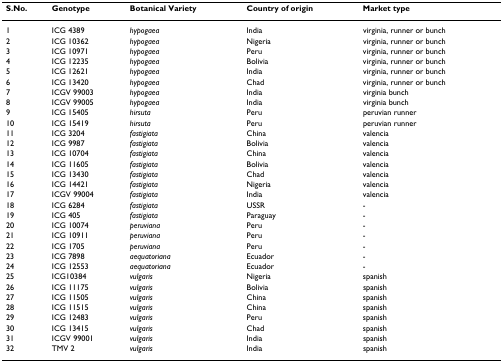
<table><thead><tr><td><b>S.No.</b></td><td><b>Genotype</b></td><td><b>Botanical Variety</b></td><td><b>Country of origin</b></td><td><b>Market type</b></td></tr></thead><tbody><tr><td>1</td><td>ICG 4389</td><td><i>hypogaea</i></td><td>India</td><td>virginia, runner or bunch</td></tr><tr><td>2</td><td>ICG 10362</td><td><i>hypogaea</i></td><td>Nigeria</td><td>virginia, runner or bunch</td></tr><tr><td>3</td><td>ICG 10971</td><td><i>hypogaea</i></td><td>Peru</td><td>virginia, runner or bunch</td></tr><tr><td>4</td><td>ICG 12235</td><td><i>hypogaea</i></td><td>Bolivia</td><td>virginia, runner or bunch</td></tr><tr><td>5</td><td>ICG 12621</td><td><i>hypogaea</i></td><td>India</td><td>virginia, runner or bunch</td></tr><tr><td>6</td><td>ICG 13420</td><td><i>hypogaea</i></td><td>Chad</td><td>virginia, runner or bunch</td></tr><tr><td>7</td><td>ICGV 99003</td><td><i>hypogaea</i></td><td>India</td><td>virginia bunch</td></tr><tr><td>8</td><td>ICGV 99005</td><td><i>hypogaea</i></td><td>India</td><td>virginia bunch</td></tr><tr><td>9</td><td>ICG 15405</td><td><i>hirsuta</i></td><td>Peru</td><td>peruvian runner</td></tr><tr><td>10</td><td>ICG 15419</td><td><i>hirsuta</i></td><td>Peru</td><td>peruvian runner</td></tr><tr><td>11</td><td>ICG 3204</td><td><i>fastigiata</i></td><td>China</td><td>valencia</td></tr><tr><td>12</td><td>ICG 9987</td><td><i>fastigiata</i></td><td>Bolivia</td><td>valencia</td></tr><tr><td>13</td><td>ICG 10704</td><td><i>fastigiata</i></td><td>China</td><td>valencia</td></tr><tr><td>14</td><td>ICG 11605</td><td><i>fastigiata</i></td><td>Bolivia</td><td>valencia</td></tr><tr><td>15</td><td>ICG 13430</td><td><i>fastigiata</i></td><td>Chad</td><td>valencia</td></tr><tr><td>16</td><td>ICG 14421</td><td><i>fastigiata</i></td><td>Nigeria</td><td>valencia</td></tr><tr><td>17</td><td>ICGV 99004</td><td><i>fastigiata</i></td><td>India</td><td>valencia</td></tr><tr><td>18</td><td>ICG 6284</td><td><i>fastigiata</i></td><td>USSR</td><td>-</td></tr><tr><td>19</td><td>ICG 405</td><td><i>fastigiata</i></td><td>Paraguay</td><td>-</td></tr><tr><td>20</td><td>ICG 10074</td><td><i>peruviana</i></td><td>Peru</td><td>-</td></tr><tr><td>21</td><td>ICG 10911</td><td><i>peruviana</i></td><td>Peru</td><td>-</td></tr><tr><td>22</td><td>ICG 1705</td><td><i>peruviana</i></td><td>Peru</td><td>-</td></tr><tr><td>23</td><td>ICG 7898</td><td><i>aequatoriana</i></td><td>Ecuador</td><td>-</td></tr><tr><td>24</td><td>ICG 12553</td><td><i>aequatoriana</i></td><td>Ecuador</td><td>-</td></tr><tr><td>25</td><td>ICG10384</td><td><i>vulgaris</i></td><td>Nigeria</td><td>spanish</td></tr><tr><td>26</td><td>ICG 11175</td><td><i>vulgaris</i></td><td>Bolivia</td><td>spanish</td></tr><tr><td>27</td><td>ICG 11505</td><td><i>vulgaris</i></td><td>China</td><td>spanish</td></tr><tr><td>28</td><td>ICG 11515</td><td><i>vulgaris</i></td><td>China</td><td>spanish</td></tr><tr><td>29</td><td>ICG 12483</td><td><i>vulgaris</i></td><td>Peru</td><td>spanish</td></tr><tr><td>30</td><td>ICG 13415</td><td><i>vulgaris</i></td><td>Chad</td><td>spanish</td></tr><tr><td>31</td><td>ICGV 99001</td><td><i>vulgaris</i></td><td>India</td><td>spanish</td></tr><tr><td>32</td><td>TMV 2</td><td><i>vulgaris</i></td><td>India</td><td>spanish</td></tr></tbody></table>